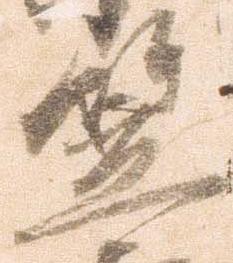
笠